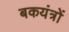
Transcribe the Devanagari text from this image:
बकयंत्रों